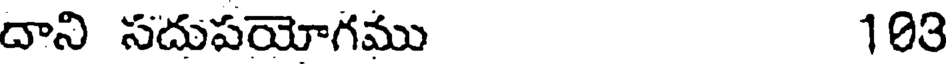
దాని సదుపయోగము 103